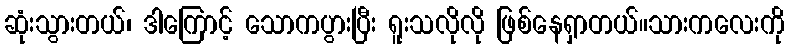
ဆုံးသွားတယ်၊ ဒါကြောင့် သောကပွားပြီး ရူးသလိုလို ဖြစ်နေရှာတယ်။သားကလေးကို